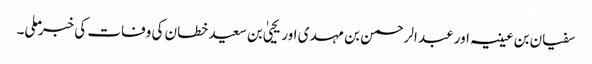
سفیان بن عیینہ اور عبد الرحمن بن مہدی اور یحییٰ بن سعید خطان کی وفات کی خبر ملی۔